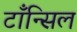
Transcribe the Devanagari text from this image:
टाँन्सिल